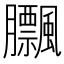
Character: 𦣕